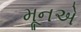
મૂનએ